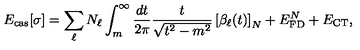
E _ { \mathrm { c a s } } [ \sigma ] = \sum _ { \ell } N _ { \ell } \int _ { m } ^ { \infty } \frac { d t } { 2 \pi } \frac { t } { \sqrt { t ^ { 2 } - m ^ { 2 } } } \left[ \beta _ { \ell } ( t ) \right] _ { N } + E _ { \mathrm { F D } } ^ { N } + E _ { \mathrm { C T } } ,